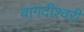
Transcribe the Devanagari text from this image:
वागदीश्वरी